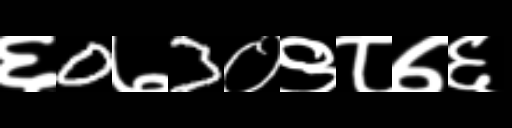
Text: ६0७3०९८७६